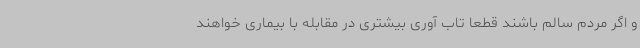
و اگر مردم سالم باشند قطعا تاب آوری بیشتری در مقابله با بیماری خواهند